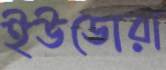
ইউডোরা